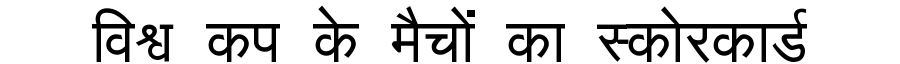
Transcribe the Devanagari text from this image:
विश्व कप के मैचों का स्कोरकार्ड